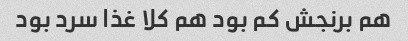
هم‌ برنجش کم بود هم کلا غذا سرد بود